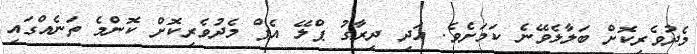
މެދުވެރިކޮށް ބަލާލެވޭނެ ކަމަށެވެ. އަދި ދިރާގު ޕްލޭ އެޕް މެދުވެރިކޮށް ކޮންމެ ތަނެއްގައި